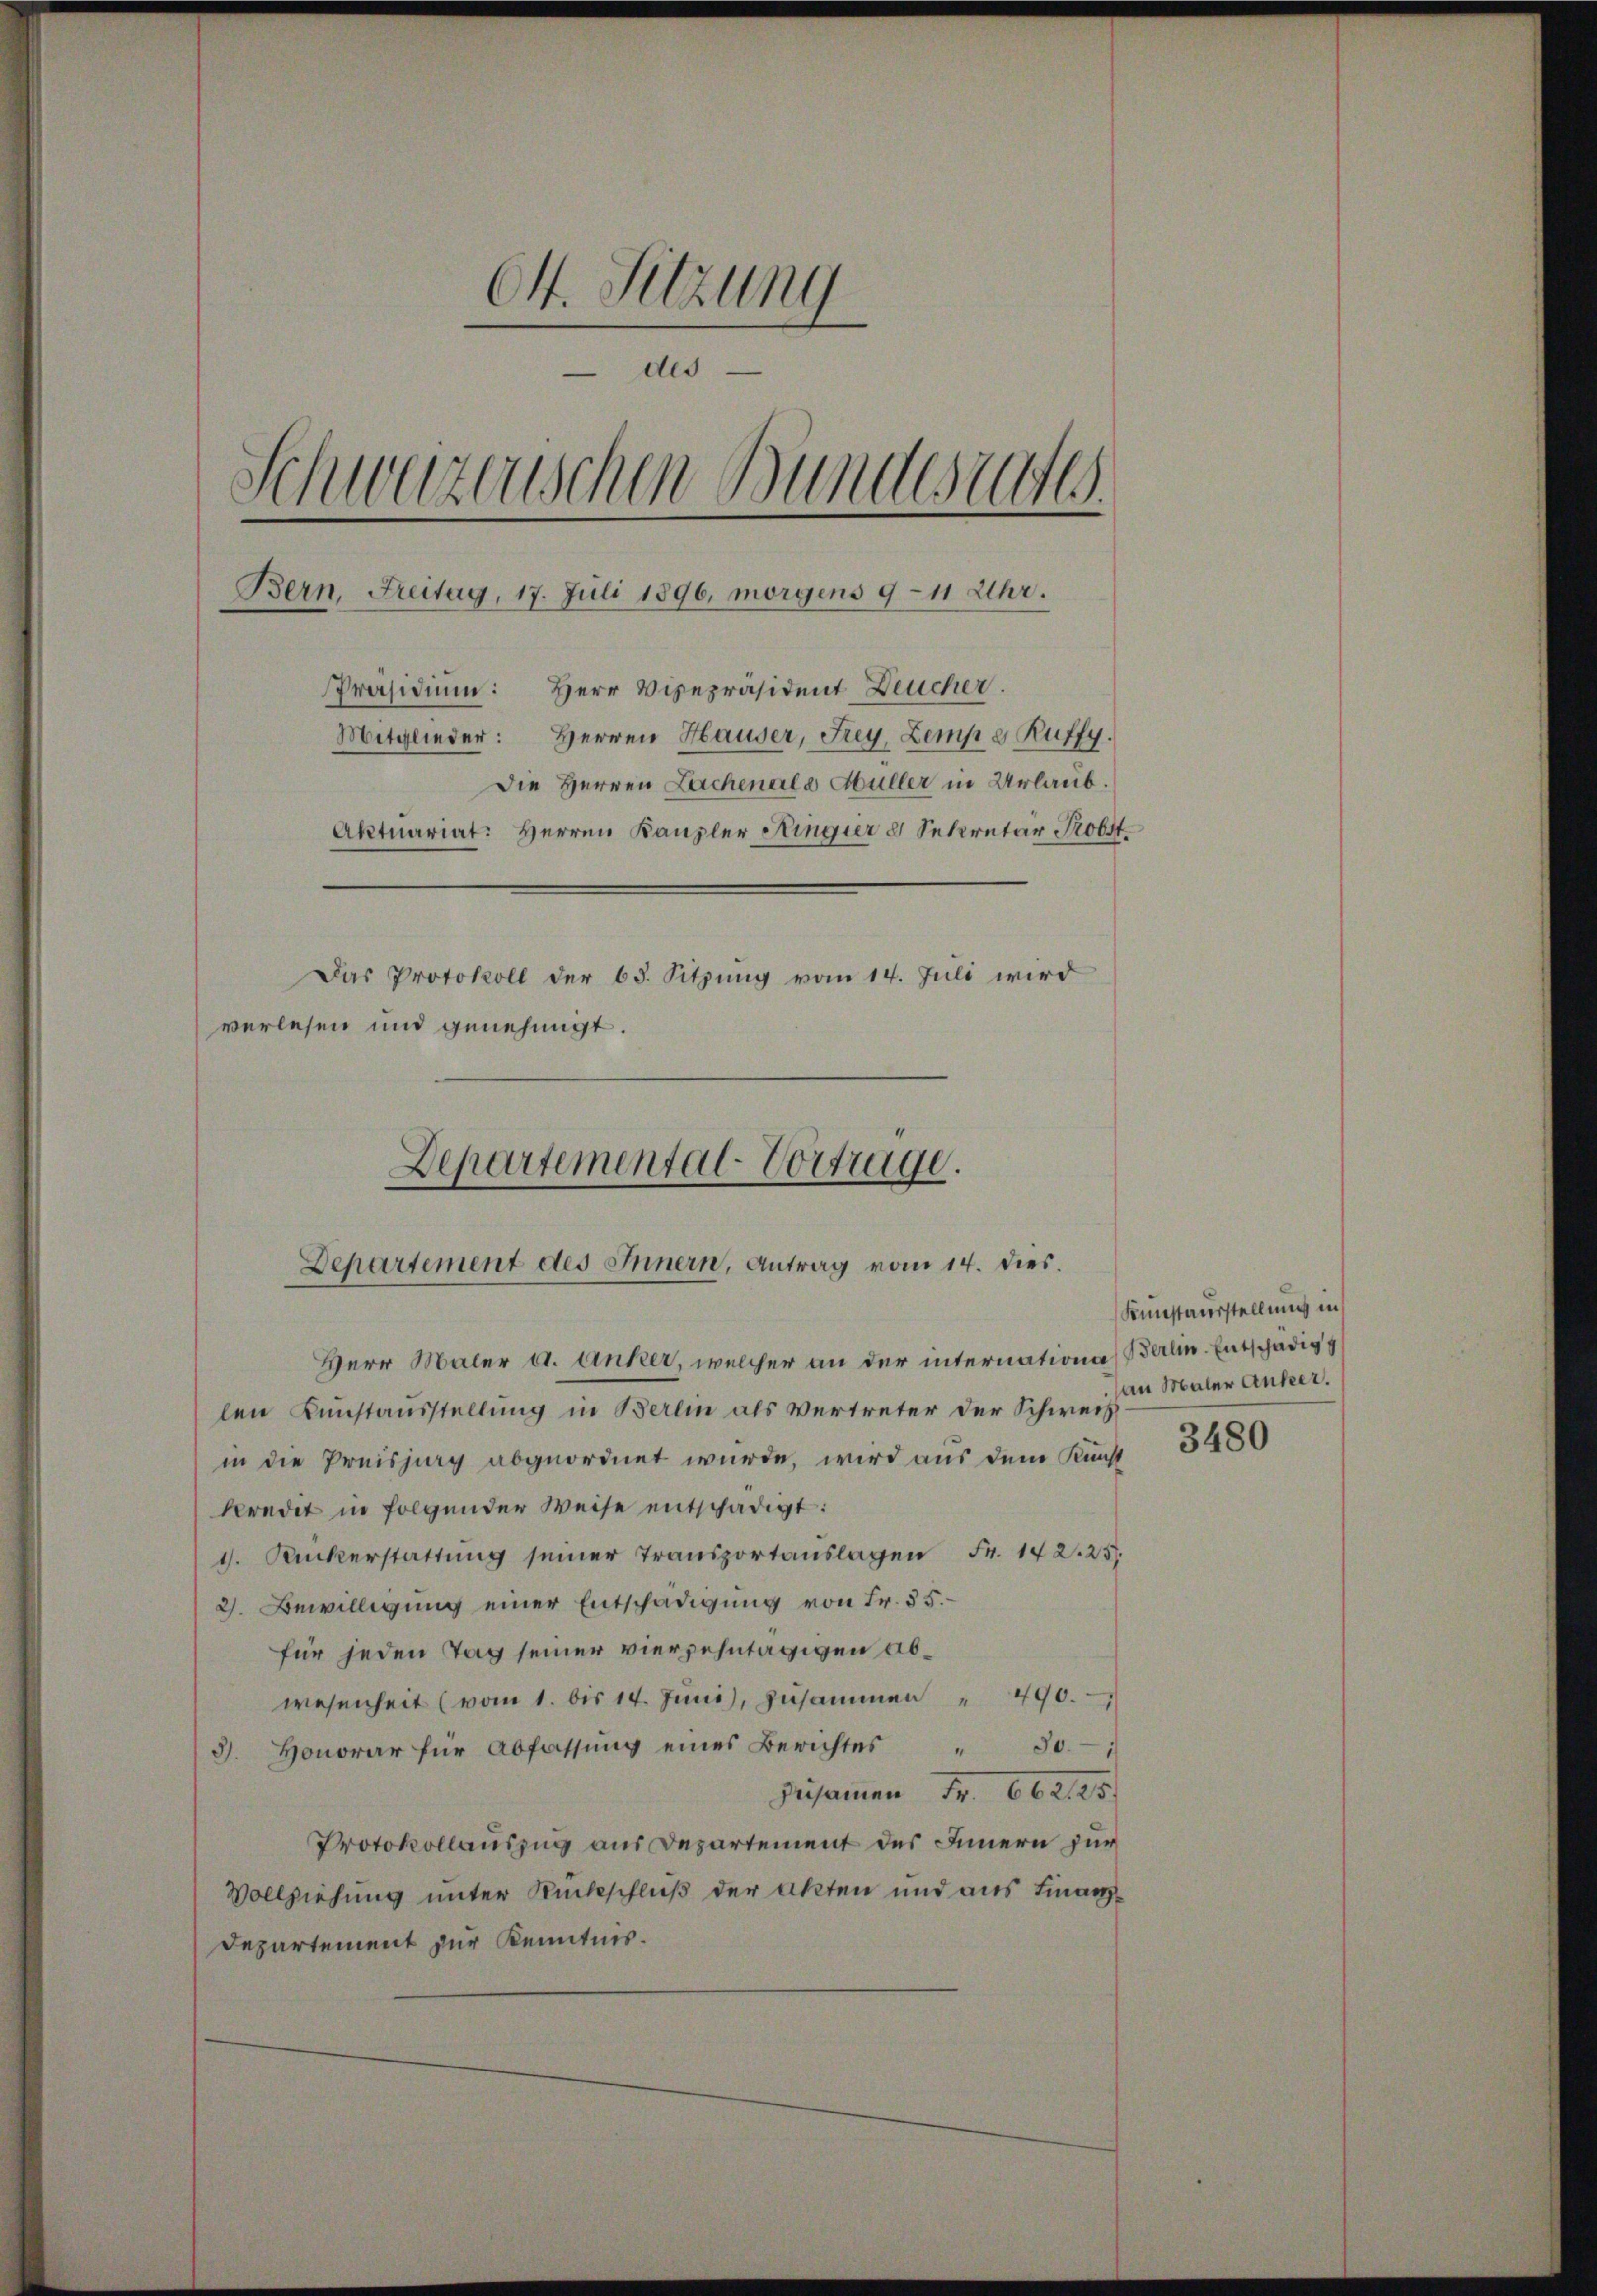
Ot. Sitzung
des
Schwazenschen Bundesrate
Bern, Freitag, 17. Juli 1896, morgens 9-11 Uhr.
Präsidium: Herr Vizepräsident Deucher.
Mitglieder: Herren Hauser, Frey, Zemp e Ruffy.
Die Herren Lachenale Müller in Urlaub.
Aktuariat: Herren Kanzler Ringier 3 Sekretär Probst
Das Protokoll der 65. Sitzung vom 14. Juli wird
verlesen und genehmigt.

Departemental-Vortrage.
Departement des Innern, Antrag vom 14. dies.

Herr Maler et. Anker, welcher an der internation Berl. Entschädig
len Kunstausstellung in Berlin als Vertreter der Schweiz
in die Preissung abgeordnet wurde, wird aus dem Kunst
kredet in folgender Weise entschädigt:
1. Ruckerstattŭng seiner Transportanslagen Fr. 142. 25.
2. Bewilligung einer Entschädigung von Fr. 55.
für jeden Tag seiner vierzehntägigen Abwesenheit (vom 1. bis 14. Juni, zusammen " 490.
3. Honorar für Abfassŭng eines Berichtes " 30
Zusammen Fr. 662125
Protokollauszug aus Departement des Innern zur
Vollziehung unter Rückschluß der Akten und aus Finanz¬
Departement zur Kenntnis.

Kunstauerstellung in
an Maler Anker.

3480